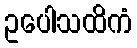
ဥပေါသထိကံ